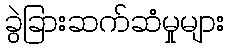
ခွဲခြားဆက်ဆံမှုများ